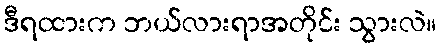
ဒီရထားက ဘယ်လားရာအတိုင်း သွားလဲ။